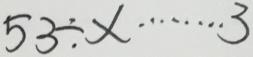
5 3 \div x \cdots 3